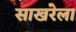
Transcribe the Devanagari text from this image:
साखरेला